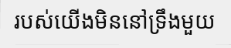
របស់យើងមិននៅទ្រឹងមួយ